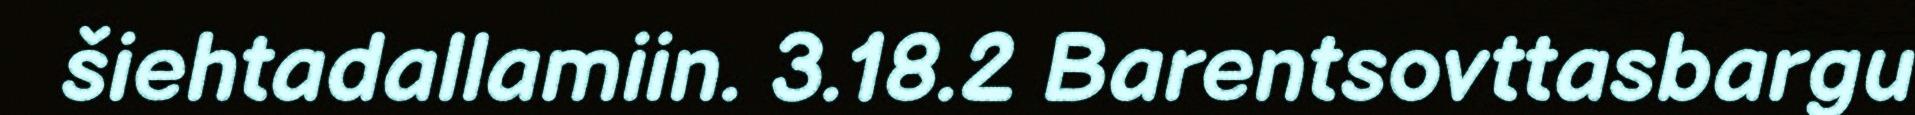
šiehtadallamiin. 3.18.2 Barentsovttasbargu